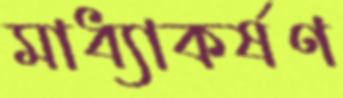
মাধ্যাকর্ষণ